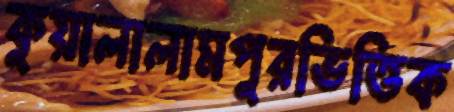
কুয়ালালামপুরভিত্তিক